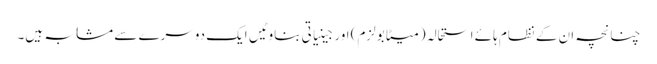
چنانچہ ان کے نظام ہائے استحالہ (میٹابولزم) اور جینیاتی بناوٹیں ایک دوسرے سے مشابہ ہیں۔